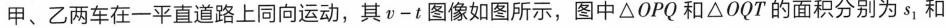
甲、乙两车在一平直道路上同向运动，其v-t图像如图所示，图中△OPQ和△OQT的面积分别为s_{1}和